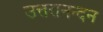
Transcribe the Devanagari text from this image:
उत्तरानन्दन